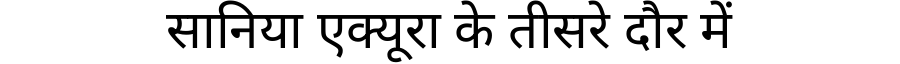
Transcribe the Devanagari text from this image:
सानिया एक्यूरा के तीसरे दौर में